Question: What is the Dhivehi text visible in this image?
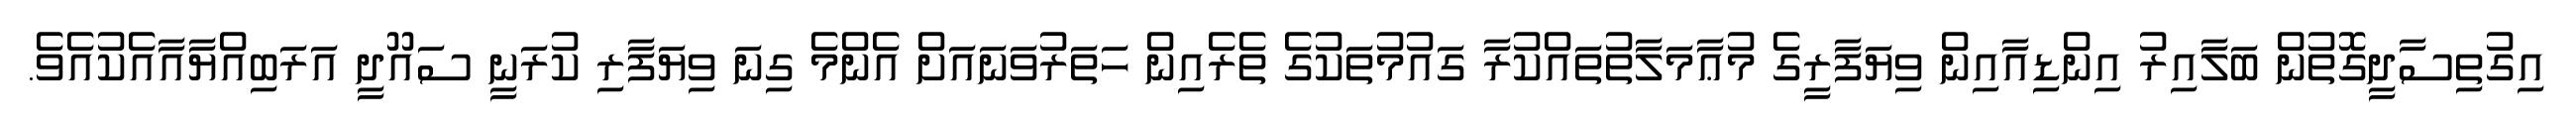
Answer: އިގުތިސާދީގޮތުން ބަލާއިރު އިންޑިއާއިން ވިޔަފާރީގެ މުޢާމަލާތުތައްކުރާ ގައުމުތަކުގެ ތެރެއިން ހަތަރުވަނައަށް އެންމެ ގިނަ ވިޔަފާރި ކުރަނީ ސައޫދީ އަރަބިއްޔާއާއެކުއެވެ.